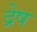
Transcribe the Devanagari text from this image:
द्रेष